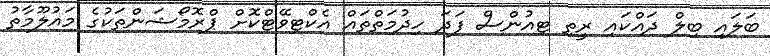
ބަލައި ބިލް ދައްކައި ރީތި ޓިއުންސް ފަދަ ހިދުމަތްތައް އެކްޓިވޭޓްކޮށް ޕްރޮމޯޝަންތަކުގެ މައުލޫމާތު